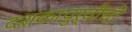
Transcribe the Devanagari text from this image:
दशकापुर्वीची